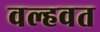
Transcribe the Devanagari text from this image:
वल्हवत